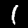
Digit: 1